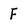
Character: F